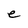
Character: e